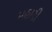
મહારી